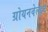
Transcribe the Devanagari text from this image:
ग्रोयनवेल्ड्ट